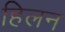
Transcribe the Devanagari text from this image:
हिलन